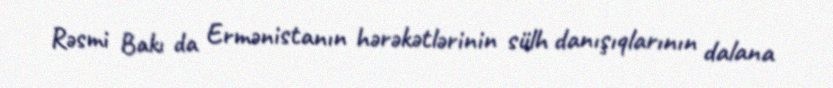
Rəsmi Bakı da Ermənistanın hərəkətlərinin sülh danışıqlarının dalana